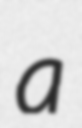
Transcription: a